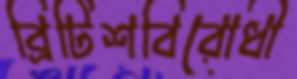
ব্রিটিশবিরোধী